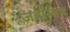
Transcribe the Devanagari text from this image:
जत्रोत्सव